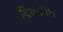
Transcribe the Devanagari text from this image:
विवकोश